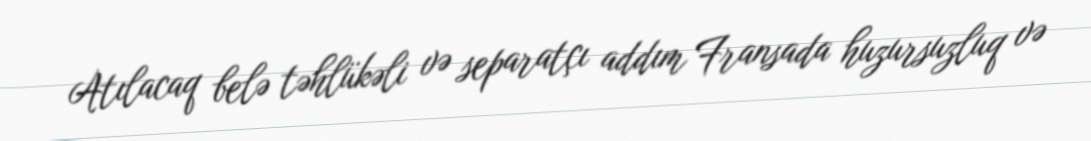
Atılacaq belə təhlükəli və separatçı addım Fransada huzursuzluq və